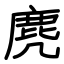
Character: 麂